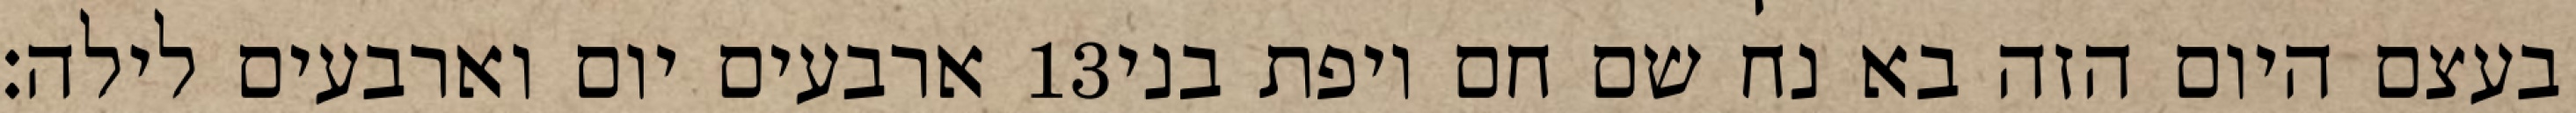
ארבעים יום וארבעים לילה׃ ‎13‏ בעצם היום הזה בא נח שם חם ויפת בני